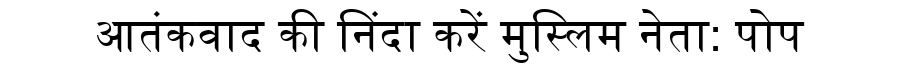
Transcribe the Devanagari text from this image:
आतंकवाद की निंदा करें मुस्लिम नेता: पोप